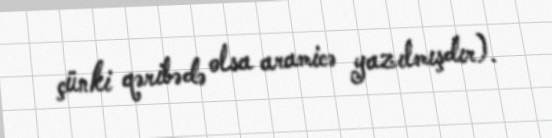
çünki qəribədə olsa aramicə yazılmışdır).